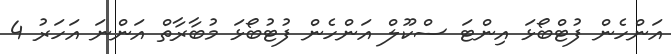
އަންހެން ފުޓްބޯޅަ އިންޓަ ސްކޫލް އަންހެން ފުޓުބޯޅަ މުބާރާތް އަންނަ އަހަރު 4